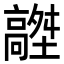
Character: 𩫟